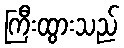
ကြီးထွားသည်